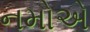
નમોએ